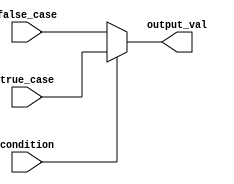
module ConditionalOperatorAssignment (
    input wire condition,         // Single-bit condition input
    input wire [7:0] true_case,  // 8-bit data input for true case
    input wire [7:0] false_case, // 8-bit data input for false case
    output reg [7:0] output_val   // 8-bit output
);

// Always block for continuous assignment
always @(*) begin
    output_val = condition ? true_case : false_case; // Conditional assignment
end

endmodule